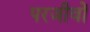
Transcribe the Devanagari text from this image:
परजीवों